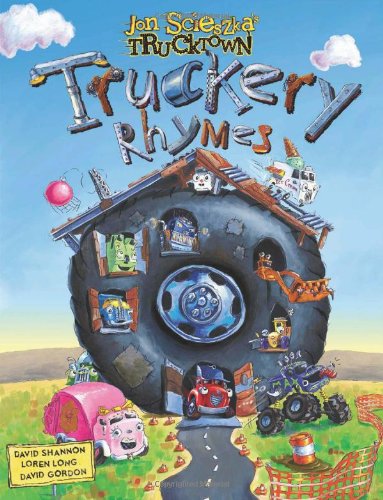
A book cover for Truckery Rhymes (Jon Scieszka's Trucktown); Jon Scieszka; Children's Books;